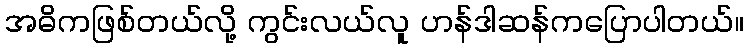
အဓိကဖြစ်တယ်လို့ ကွင်းလယ်လူ ဟန်ဒါဆန်ကပြောပါတယ်။